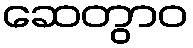
ဆေတွာဝ